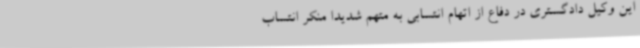
این وکیل دادگستری در دفاع از اتهام انتسابی به متهم شدیدا منکر انتساب